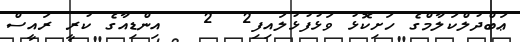
ޢަބްދުލްކަލާމްގެ ހަށިކޮޅު ވަޅުފުޅުލައިފި2  2   އިންޑިއާގެ ކުރީ ރައީސް